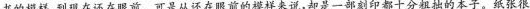
书的模样，到现在还在眼前。可是从还在眼前的模样来说，却是一部刻印都十分粗拙的本子。纸张很